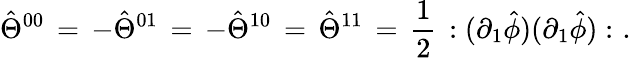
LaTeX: \hat{\Theta}^{00}\, =\, -\hat{\Theta}^{01}\, =\, -\hat{\Theta}^{10}\, =\, \hat{\Theta}^{11}\, =\, \frac{1}{2}\, :(\partial_{1}\hat{\phi})(\partial_{1}\hat{\phi}):\, \, .